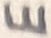
Text: E